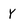
Character: Y